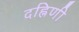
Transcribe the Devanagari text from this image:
दह्निणी